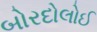
બોરદોલોઈ